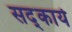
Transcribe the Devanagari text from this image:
सद्कार्य